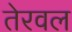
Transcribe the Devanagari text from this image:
तेरवल